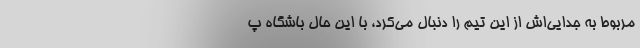
مربوط به جدایی‌اش از این تیم را دنبال می‌کرد، با این حال باشگاه پ